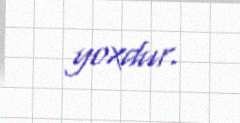
yoxdur.